Indian journal of veterinary science and animal husbandry - Volume 11,
Year: 1941
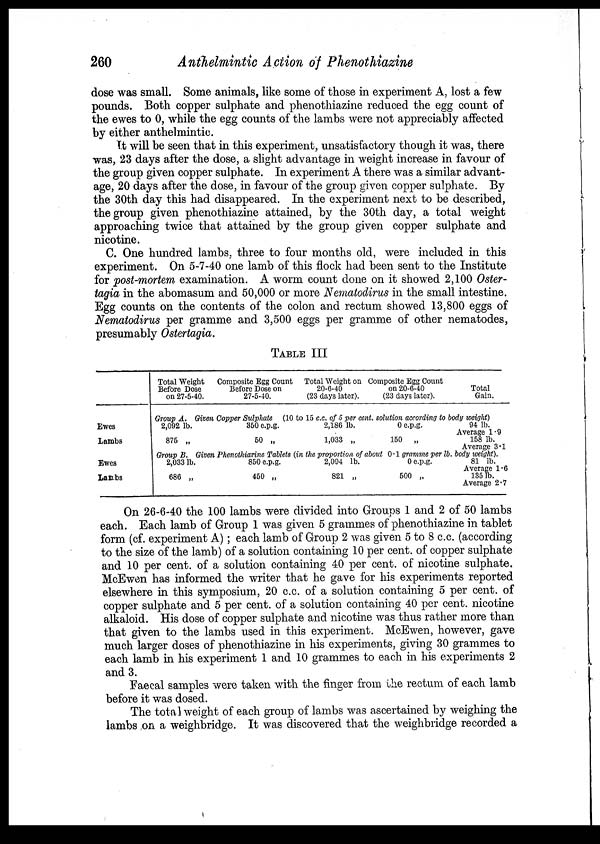
260
Anthelmintic Action of Phenothiazine
dose was small. Some animals, like some of those in experiment A, lost a few
pounds. Both copper sulphate and phenothiazine reduced the egg count of
the ewes to 0, while the egg counts of the lambs were not appreciably affected
by either anthelmintic.
It will be seen that in this experiment, unsatisfactory though it was, there
was, 23 days after the dose, a slight advantage in weight increase in favour of
the group given copper sulphate. In experiment A there was a similar advant-
age, 20 days after the dose, in favour of the group given copper sulphate. By
the 30th day this had disappeared. In the experiment next to be described,
the group given phenothiazine attained, by the 30th day, a total weight
approaching twice that attained by the group given copper sulphate and
nicotine.
C. One hundred lambs, three to four months old, were included in this
experiment. On 5-7-40 one lamb of this flock had been sent to the Institute
for post-mortem examination. A worm count done on it showed 2,100 Oster-
tagia in the abomasum and 50,000 or more Nematodirus in the small intestine.
Egg counts on the contents of the colon and rectum showed 13,800 eggs of
Nematodirus per gramme and 3,500 eggs per gramme of other nematodes,
presumably Ostertagia.
TABLE III
Ewes
Lambs
Ewes
Lambs
Total Weight
Before Dose
on 27-5-40.
Composite Egg Count
Before Dose on
27-5-40.
Total Weight on
20-6-40
(23 days later).
Composite Egg Count
on 20-6-40
(23 days later).
Total
Gain.
Growp A. Given Copper Sulphate (10 to 15 c.c. of 5 per cent. solution according to body weight)
2,092 lb.
875 „
350 e.p.g.
50 „
2,186 lb.
1,033 „
0 e.p.g.
150 „
94 lb.
Average 1.9
158 lb.
Average 3.1
Group B. Given Phenothiazine Tablets (in the proportion of about 0.1 gramme per lb. body weight).
2,033 lb.
686 „
850e.p.g.
450 „
2,094 lb.
821 „
0 e.p.g.
500 „
81 lb.
Average 1.6
135 lb.
Average 2.7
On 26-6-40 the 100 lambs were divided into Groups 1 and 2 of 50 lambs
each. Each lamb of Group 1 was given 5 grammes of phenothiazine in tablet
form (cf. experiment A) ; each lamb of Group 2 was given 5 to 8 c.c. (according
to the size of the lamb) of a solution containing 10 per cent. of copper sulphate
and 10 per cent. of a solution containing 40 per cent. of nicotine sulphate.
McEwen has informed the writer that he gave for his experiments reported
elsewhere in this symposium, 20 c.c. of a solution containing 5 per cent. of
copper sulphate and 5 per cent. of a solution containing 40 per cent. nicotine
alkaloid. His dose of copper sulphate and nicotine was thus rather more than
that given to the lambs used in this experiment. McEwen, however, gave
much larger doses of phenothiazine in his experiments, giving 30 grammes to
each lamb in his experiment 1 and 10 grammes to each in his experiments 2
and 3.
Faecal samples were taken with the finger from the rectum of each lamb
before it was dosed.
The total weight of each group of lambs was ascertained by weighing the
lambs on a weighbridge. It was discovered that the weighbridge recorded a